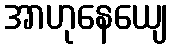
အာဟုနေယျေ